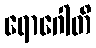
ရောဂေါတိ